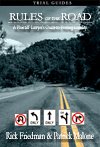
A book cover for Rules of the Road: A Plaintiff Lawyer's Guide to Proving Liability; Rick Friedman; Engineering & Transportation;